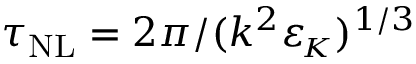
\tau _ { \mathrm { N L } } = 2 \pi / ( k ^ { 2 } { \varepsilon _ { \! \scriptscriptstyle K } } ) ^ { 1 / 3 }